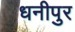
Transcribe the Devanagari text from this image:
धनीपुर